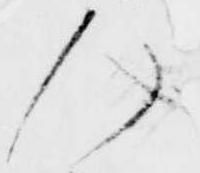
人